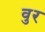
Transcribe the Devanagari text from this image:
वुर